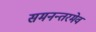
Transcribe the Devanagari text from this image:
समनन्तरमेव